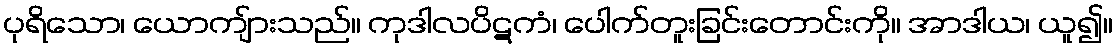
ပုရိသော၊ ယောကျ်ားသည်။ ကုဒါလပိဋကံ၊ ပေါက်တူးခြင်းတောင်းကို။ အာဒါယ၊ ယူ၍။